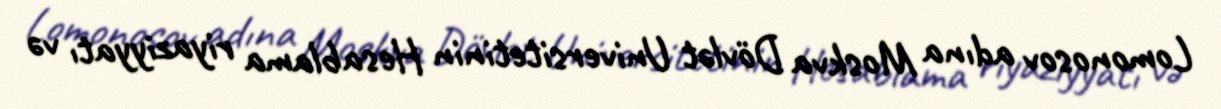
Lomonosov adına Moskva Dövlət Universitetinin Hesablama riyaziyyatı və